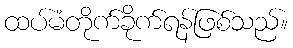
ထပ်မံတိုက်ခိုက်ရန်ဖြစ်သည်။